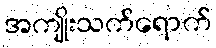
အကျိုးသက်ရောက်